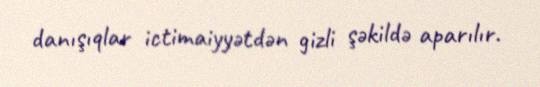
danışıqlar ictimaiyyətdən gizli şəkildə aparılır.